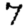
Digit: 7